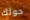
حولك